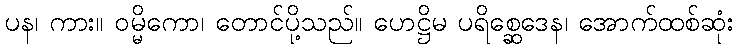
ပန၊ ကား။ ဝမ္မိကော၊ တောင်ပို့သည်။ ဟေဋ္ဌိမ ပရိစ္ဆေဒေန၊ အောက်ထစ်ဆုံး